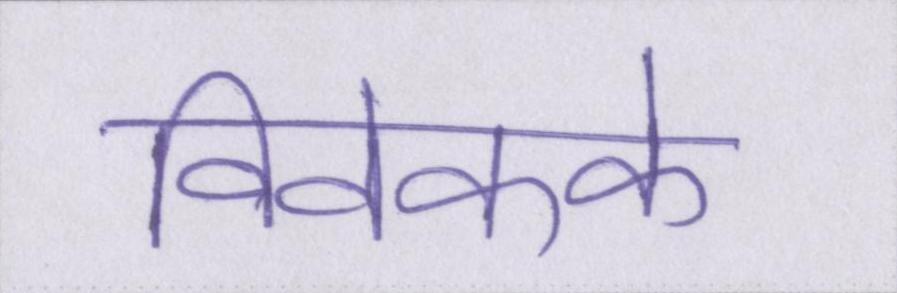
विवेकके